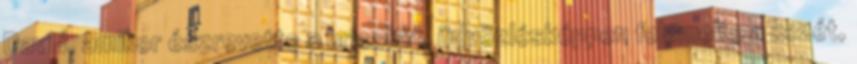
David, amikor észrevette a bricskát, üdvözlésképpen felemelte a kezét,